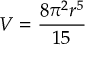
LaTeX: V = { \frac { 8 \pi ^ { 2 } r ^ { 5 } } { 1 5 } }